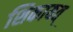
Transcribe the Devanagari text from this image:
शिकायत्